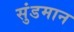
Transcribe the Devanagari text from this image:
सुंडमान